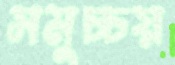
সমুচ্চয়